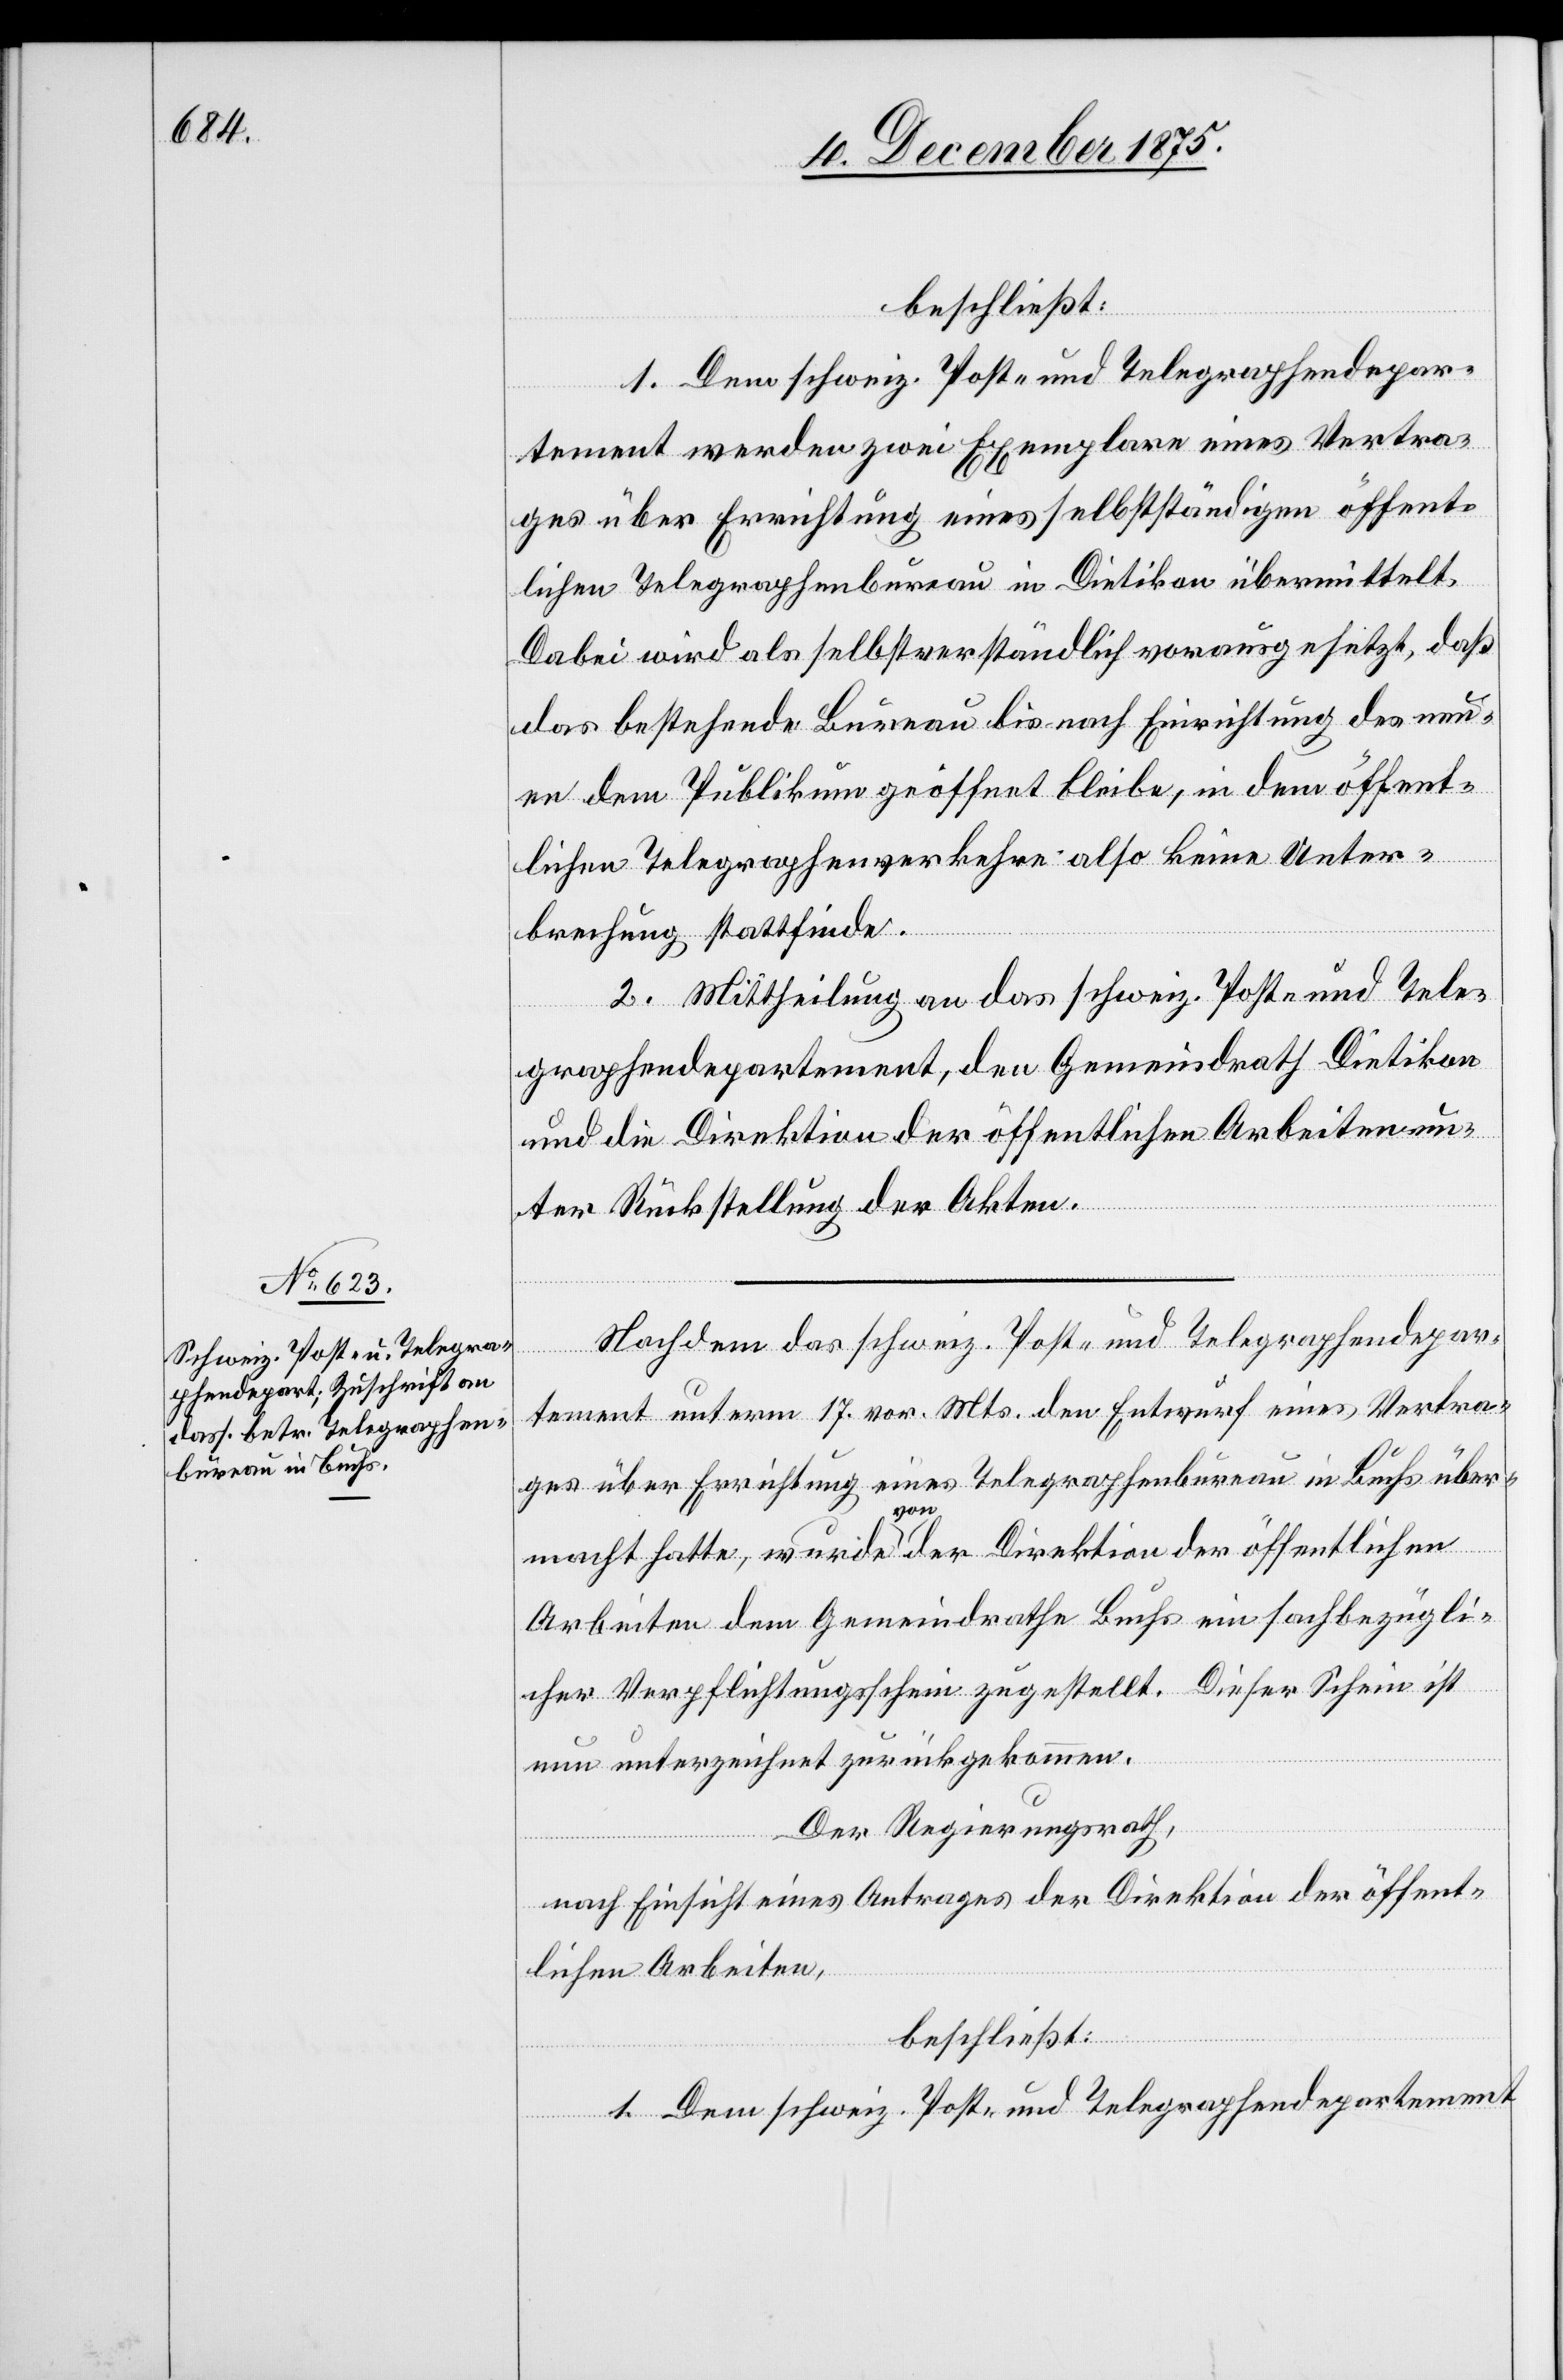
beschließt:
1. Dem schweiz. Post- und Telegraphendepar¬
tement werden zwei Exemplare eines Vertra¬
ges über Errichtung eines selbstständigen öffent¬
lichen Telegraphenbureau in Dietikon übermittelt.
Dabei wird als selbstverständlich vorausgesetzt, daß
das bestehende Bureau bis nach Einrichtung des neu¬
en dem Publikum geöffnet bleibe, in dem öffent¬
lichen Telegraphenverkehre also keine Unter¬
brechung stattfinde.
2. Mittheilung an das schweiz. Post- und Tele¬
graphendepartement, den Gemeindrath Dietikon
und die Direktion der öffentlichen Arbeiten un¬
ter Rückstellung der Akten.
Nachdem das schweiz. Post- und Telegraphendepar¬
tement unterm 17. vor. Mts. den Entwurf eines Vertra¬
ges über Errichtung eines Telegraphenbureau in Buchs über¬
macht hatte, wurde von der Direktion der öffentlichen
Arbeiten dem Gemeindrathe Buchs ein sachbezügli¬
cher Verpflichtungsschein zugestellt. Dieser Schein ist
nun unterzeichnet zurückgekommen.
Der Regierungsrath,
nach Einsicht eines Antrages der Direktion der öffent¬
lichen Arbeiten,
beschließt:
1. Dem schweiz. Post- und Telegraphendepartement